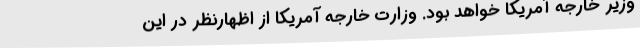
وزیر خارجه آمریکا خواهد بود. وزارت خارجه آمریکا از اظهارنظر در این